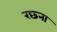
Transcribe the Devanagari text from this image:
रछ्ना